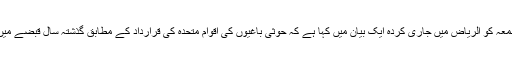
یمن کے بین الاقوامی سطح پر تسلیم شدہ صدر عبد ربہ منصور ہادی کی حکومت نے جمعہ کو الریاض میں جاری کردہ ایک بیان میں کہا ہے کہ حوثی باغیوں کی اقوام متحدہ کی قرارداد کے مطابق گذشتہ سال قبضے میں لیے گئے علاقوں سے انخلاء مذاکرات میں شرکت کی بدستور ایک پیشگی شرط ہے”۔